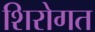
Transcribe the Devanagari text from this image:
शिरोगत